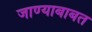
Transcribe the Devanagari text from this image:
जाण्याबाबत